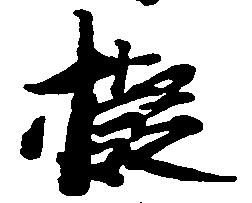
擬